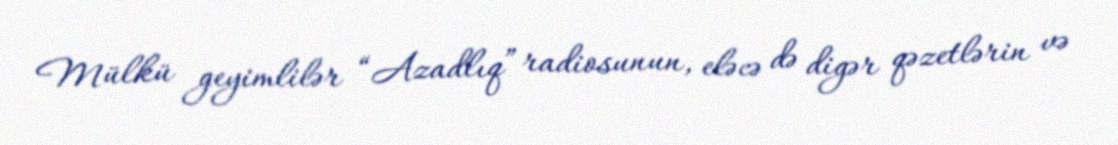
Mülkü geyimlilər “Azadlıq” radiosunun, eləcə də digər qəzetlərin və